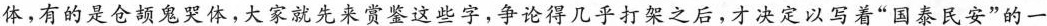
体，有的是仓额鬼哭体，大家就先来赏鉴这些字，争论得几乎打架之后，才决定以写着“国泰民安”的一